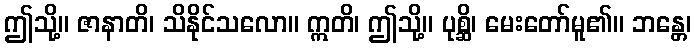
ဤသို့။ ဇာနာတိ၊ သိနိုင်သလော။ ဣတိ၊ ဤသို့။ ပုစ္ဆိ၊ မေးတော်မူ၏။ ဘန္တေ၊